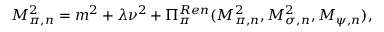
M _ { \pi , n } ^ { 2 } = m ^ { 2 } + \lambda \nu ^ { 2 } + \Pi _ { \pi } ^ { R e n } ( M _ { \pi , n } ^ { 2 } , M _ { \sigma , n } ^ { 2 } , M _ { \psi , n } ) ,